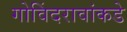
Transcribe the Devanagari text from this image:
गोविंदरावांकडे